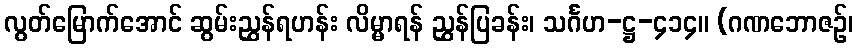
လွတ်မြောက်အောင် ဆွမ်းညွှန်ရဟန်း လိမ္မာရန် ညွှန်ပြခန်း၊ သင်္ဂဟ-ဋ္ဌ-၄၁၄။ (ဂဏဘောဇဉ်၊